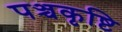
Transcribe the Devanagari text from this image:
पञ्चकृष्टि